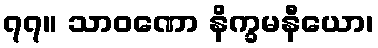
၇၇။ သာဝဏော နိက္ခမနီယော၊